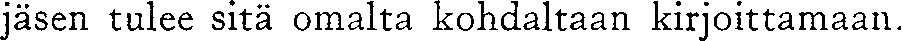
jäsen tulee sitä omalta kohdaltaan kirjoittamaan.